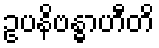
ဥပနိဗန္ဓာဟီတိ